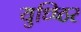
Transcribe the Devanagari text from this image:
युध्ष्ठिर